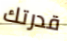
قدرتك